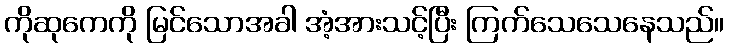
ကိုဆုကေကို မြင်သောအခါ အံ့အားသင့်ပြီး ကြက်သေသေနေသည်။